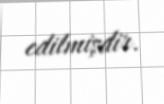
edilmişdir.